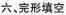
六、完形填空